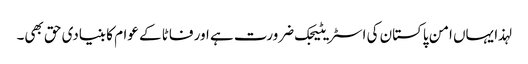
لہذا یہاں امن پاکستان کی اسٹریٹیجک ضرورت ہے اور فاٹا کے عوام کا بنیادی حق بھی۔